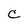
Character: C